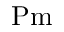
\mathrm { P m }